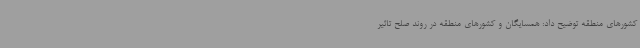
کشورهای منطقه توضیح داد: همسایگان و کشورهای منطقه در روند صلح تاثیر